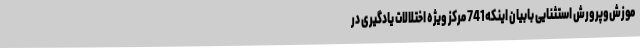
موزش‌وپرورش استثنایی بابیان اینکه741 مرکز ویژه اختلالات یادگیری در